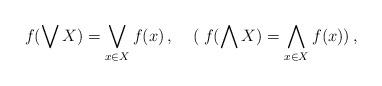
LaTeX: \begin{align*} f(\bigvee X) & = \bigvee_{x \in X} f(x)\,, \;\;\;\;(\; f(\bigwedge X) = \bigwedge_{x \in X} f(x))\,, \end{align*}